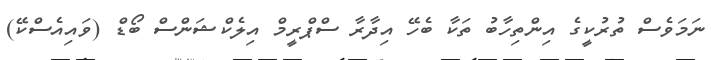
ނަމަވެސް ތުރުކީގެ އިންތިހާބު ތަކާ ބެހޭ އިދާރާ ސްޕްރީމް އިލެކްޝަންސް ބޯޑް (ވައިއެސްކޭ)